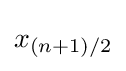
x_{(n+1)/2}